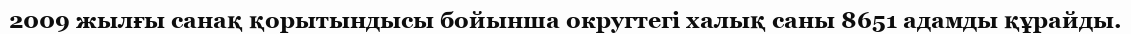
2009 жылғы санақ қорытындысы бойынша округтегі халық саны 8651 адамды құрайды.